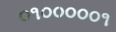
૦૧૦૦૦૦૦૧